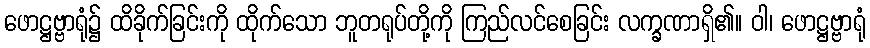
ဖောဋ္ဌဗ္ဗာရုံ၌ ထိခိုက်ခြင်းကို ထိုက်သော ဘူတရုပ်တို့ကို ကြည်လင်စေခြင်း လက္ခဏာရှိ၏။ ဝါ၊ ဖောဋ္ဌဗ္ဗာရုံ